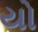
યો